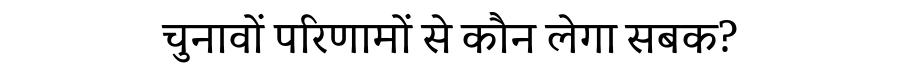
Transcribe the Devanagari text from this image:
चुनावों परिणामों से कौन लेगा सबक?